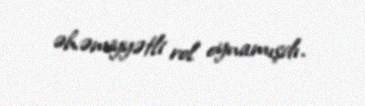
əhəmiyyətli rol oynamışdı.